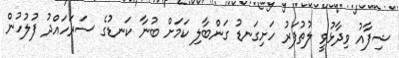
ޝިފާއު ވިދާޅުވީ ލުތުފަރު ހަށިގަނޑު ގަންބާލި ކަމަށް ބުނާ ކަނޑުގެ ސަރަހައްދު ފުލުހުން